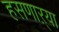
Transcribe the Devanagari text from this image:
हसणाऱ्या